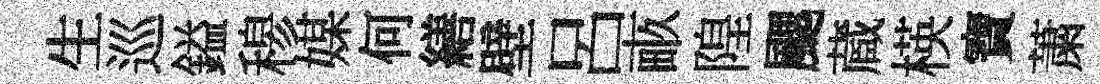
生巡鎰𥠇媒何繕壁呂畞隍颸蔵楧寶䔥